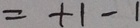
= + 1 - 1